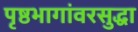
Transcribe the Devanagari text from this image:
पृष्ठभागांवरसुद्धा